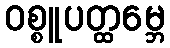
ဝစ္စူပတ္ထမ္ဘေ